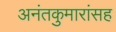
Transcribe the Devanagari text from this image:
अनंतकुमारांसह